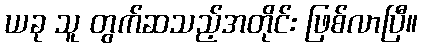
ယခု သူ တွက်ဆသည့်အတိုင်း ဖြစ်လာပြီ။